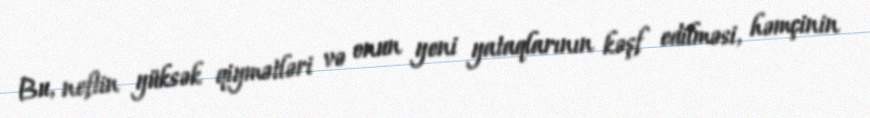
Bu, neftin yüksək qiymətləri və onun yeni yataqlarının kəşf edilməsi, həmçinin